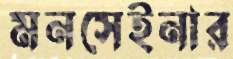
মনসেইনার